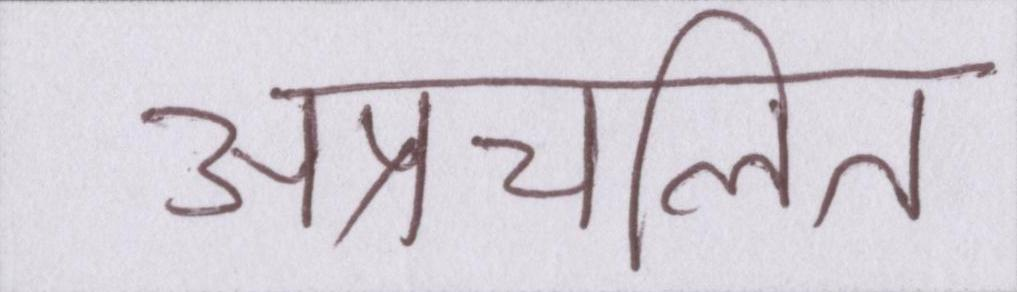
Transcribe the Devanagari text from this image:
अप्रचलित